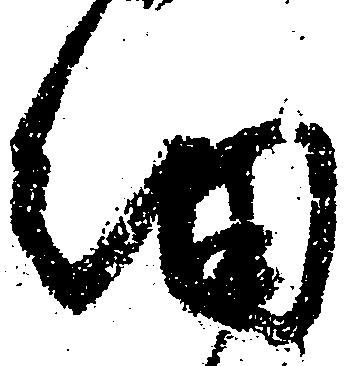
細